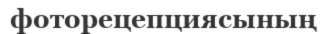
фоторецепциясының